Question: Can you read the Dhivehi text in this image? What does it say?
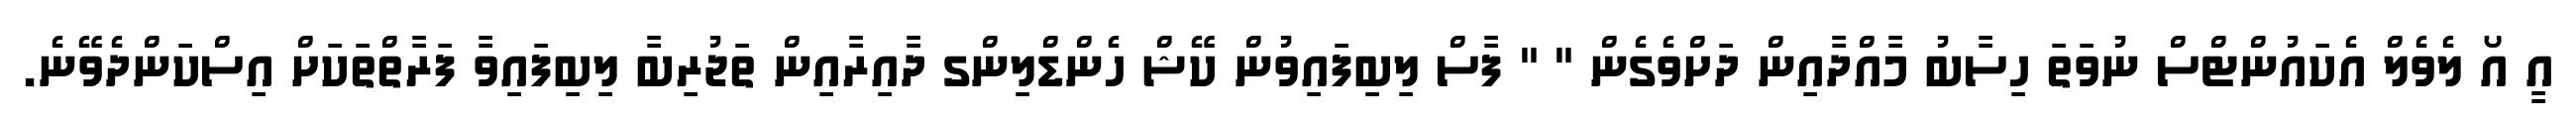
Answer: އީ އޯ ލެވެލް އެކައުންޓްސް ނުވަތަ ހިސާބު މާއްދާއިން ދަށްވެގެން " " ފާސް ލިބިފައިވުން ކޭޝް ހެންޑްލިންގ ދާއިރާއިން ތަޖުރިބާ ލިބިފައިވާ ފަރާތްތަކަށް އިސްކަންދެވޭނެ.